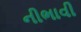
નીભાવી